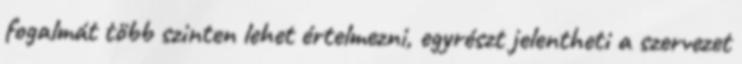
fogalmát több szinten lehet értelmezni, egyrészt jelentheti a szervezet